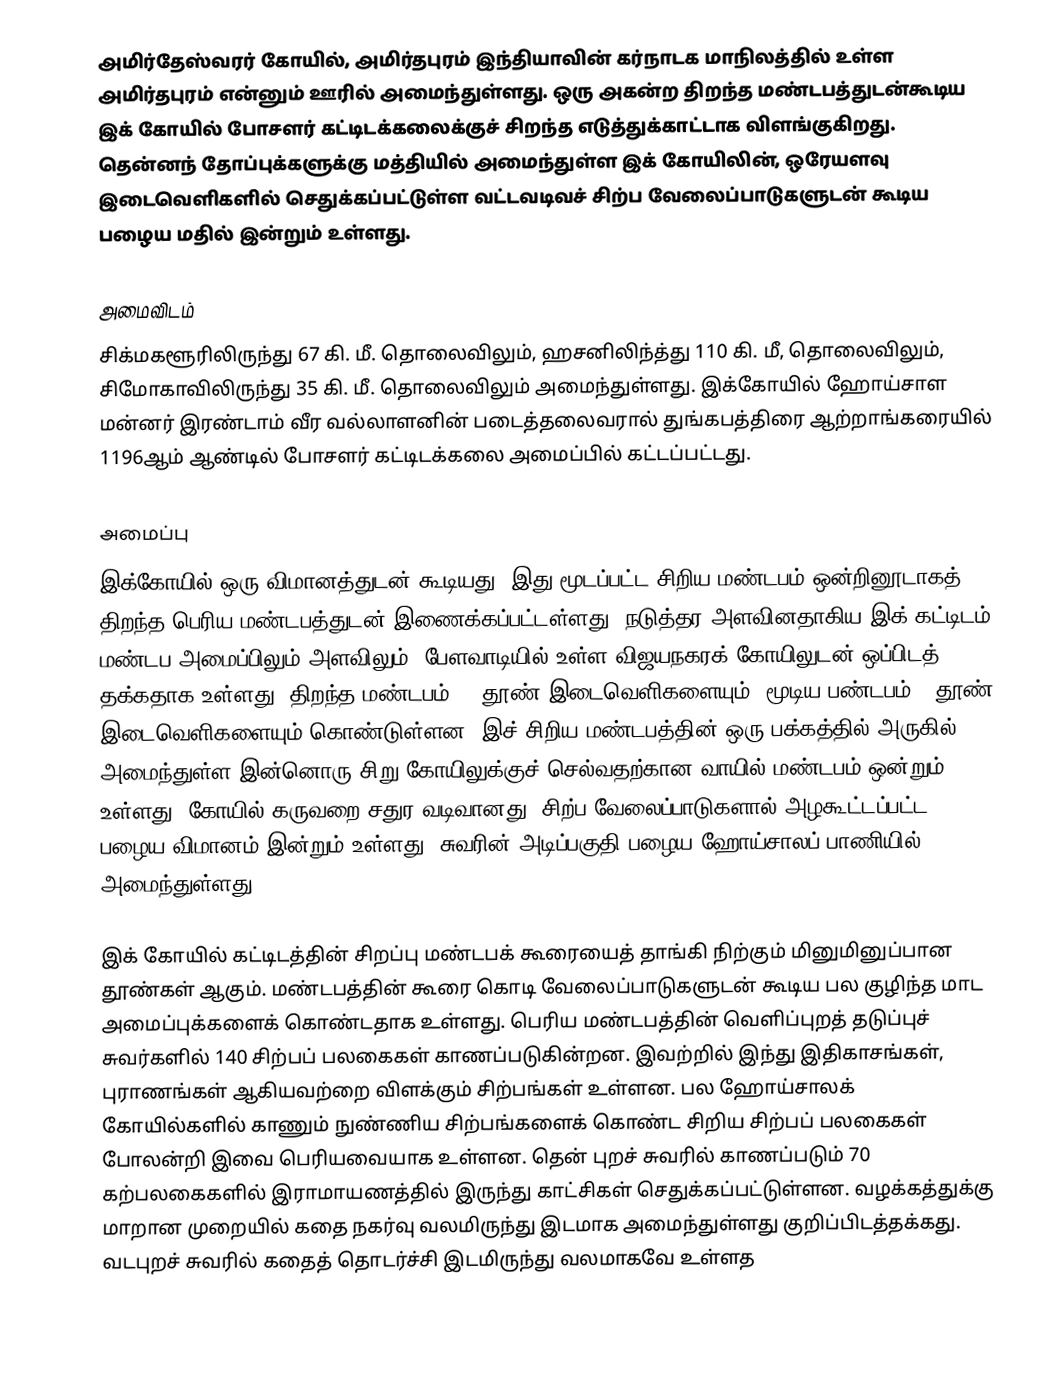
அமிர்தேஸ்வரர் கோயில், அமிர்தபுரம் இந்தியாவின் கர்நாடக மாநிலத்தில் உள்ள அமிர்தபுரம் என்னும் ஊரில் அமைந்துள்ளது. ஒரு அகன்ற திறந்த மண்டபத்துடன்கூடிய இக் கோயில் போசளர் கட்டிடக்கலைக்குச் சிறந்த எடுத்துக்காட்டாக விளங்குகிறது. தென்னந் தோப்புக்களுக்கு மத்தியில் அமைந்துள்ள இக் கோயிலின், ஒரேயளவு இடைவெளிகளில் செதுக்கப்பட்டுள்ள வட்டவடிவச் சிற்ப வேலைப்பாடுகளுடன் கூடிய பழைய மதில் இன்றும் உள்ளது.

அமைவிடம்
சிக்மகளூரிலிருந்து 67 கி. மீ. தொலைவிலும், ஹசனிலிந்த்து 110 கி. மீ, தொலைவிலும், சிமோகாவிலிருந்து 35 கி. மீ. தொலைவிலும் அமைந்துள்ளது. இக்கோயில் ஹோய்சாள மன்னர் இரண்டாம் வீர வல்லாளனின் படைத்தலைவரால் துங்கபத்திரை ஆற்றாங்கரையில் 1196ஆம் ஆண்டில் போசளர் கட்டிடக்கலை அமைப்பில் கட்டப்பட்டது.

அமைப்பு
இக்கோயில் ஒரு விமானத்துடன் கூடியது. இது மூடப்பட்ட சிறிய மண்டபம் ஒன்றினூடாகத் திறந்த பெரிய மண்டபத்துடன் இணைக்கப்பட்டள்ளது. நடுத்தர அளவினதாகிய இக் கட்டிடம், மண்டப அமைப்பிலும் அளவிலும், பேளவாடியில் உள்ள விஜயநகரக் கோயிலுடன் ஒப்பிடத் தக்கதாக உள்ளது. திறந்த மண்டபம் 29 தூண் இடைவெளிகளையும், மூடிய பண்டபம் 9 தூண் இடைவெளிகளையும் கொண்டுள்ளன. இச் சிறிய மண்டபத்தின் ஒரு பக்கத்தில் அருகில் அமைந்துள்ள இன்னொரு சிறு கோயிலுக்குச் செல்வதற்கான வாயில் மண்டபம் ஒன்றும் உள்ளது. கோயில் கருவறை சதுர வடிவானது. சிற்ப வேலைப்பாடுகளால் அழகூட்டப்பட்ட பழைய விமானம் இன்றும் உள்ளது. சுவரின் அடிப்பகுதி பழைய ஹோய்சாலப் பாணியில் அமைந்துள்ளது.

இக் கோயில் கட்டிடத்தின் சிறப்பு மண்டபக் கூரையைத் தாங்கி நிற்கும் மினுமினுப்பான தூண்கள் ஆகும். மண்டபத்தின் கூரை கொடி வேலைப்பாடுகளுடன் கூடிய பல குழிந்த மாட அமைப்புக்களைக் கொண்டதாக உள்ளது. பெரிய மண்டபத்தின் வெளிப்புறத் தடுப்புச் சுவர்களில் 140 சிற்பப் பலகைகள் காணப்படுகின்றன. இவற்றில் இந்து இதிகாசங்கள், புராணங்கள் ஆகியவற்றை விளக்கும் சிற்பங்கள் உள்ளன. பல ஹோய்சாலக் கோயில்களில் காணும் நுண்ணிய சிற்பங்களைக் கொண்ட சிறிய சிற்பப் பலகைகள் போலன்றி இவை பெரியவையாக உள்ளன. தென் புறச் சுவரில் காணப்படும் 70 கற்பலகைகளில் இராமாயணத்தில் இருந்து காட்சிகள் செதுக்கப்பட்டுள்ளன. வழக்கத்துக்கு மாறான முறையில் கதை நகர்வு வலமிருந்து இடமாக அமைந்துள்ளது குறிப்பிடத்தக்கது. வடபுறச் சுவரில் கதைத் தொடர்ச்சி இடமிருந்து வலமாகவே உள்ளத